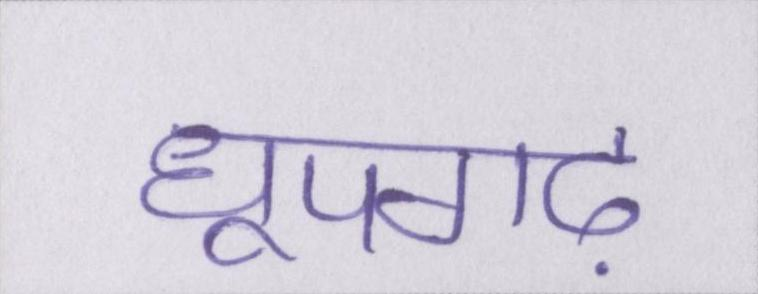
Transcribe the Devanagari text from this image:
धूपगढ़